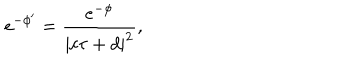
e ^ { - \phi ^ { \prime } } = \frac { e ^ { - \phi } } { | c \tau + d | ^ { 2 } } ,